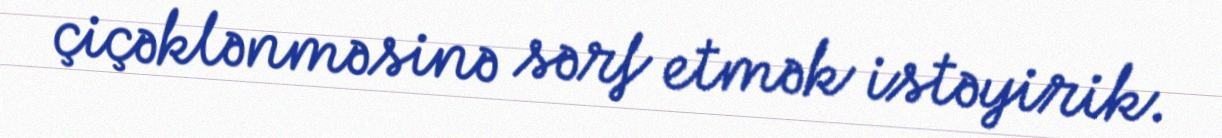
çiçəklənməsinə sərf etmək istəyirik.